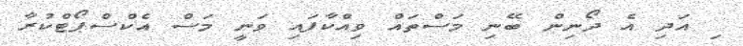
ި އަދި އެ ދޯނިން ބޭނި މަސްތައް ވިއްކާފައި ވަނީ މަސް އެކްސްޕޯޓްކުރާ